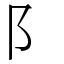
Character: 阝